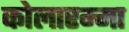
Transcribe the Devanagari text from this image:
कोलारम्मा